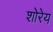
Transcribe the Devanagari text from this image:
शोरेय